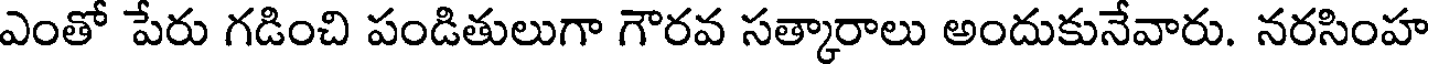
ఎంతో పేరు గడించి పండితులుగా గౌరవ సత్కారాలు అందుకునేవారు. నరసింహ